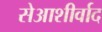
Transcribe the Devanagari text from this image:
सेआशीर्वाद